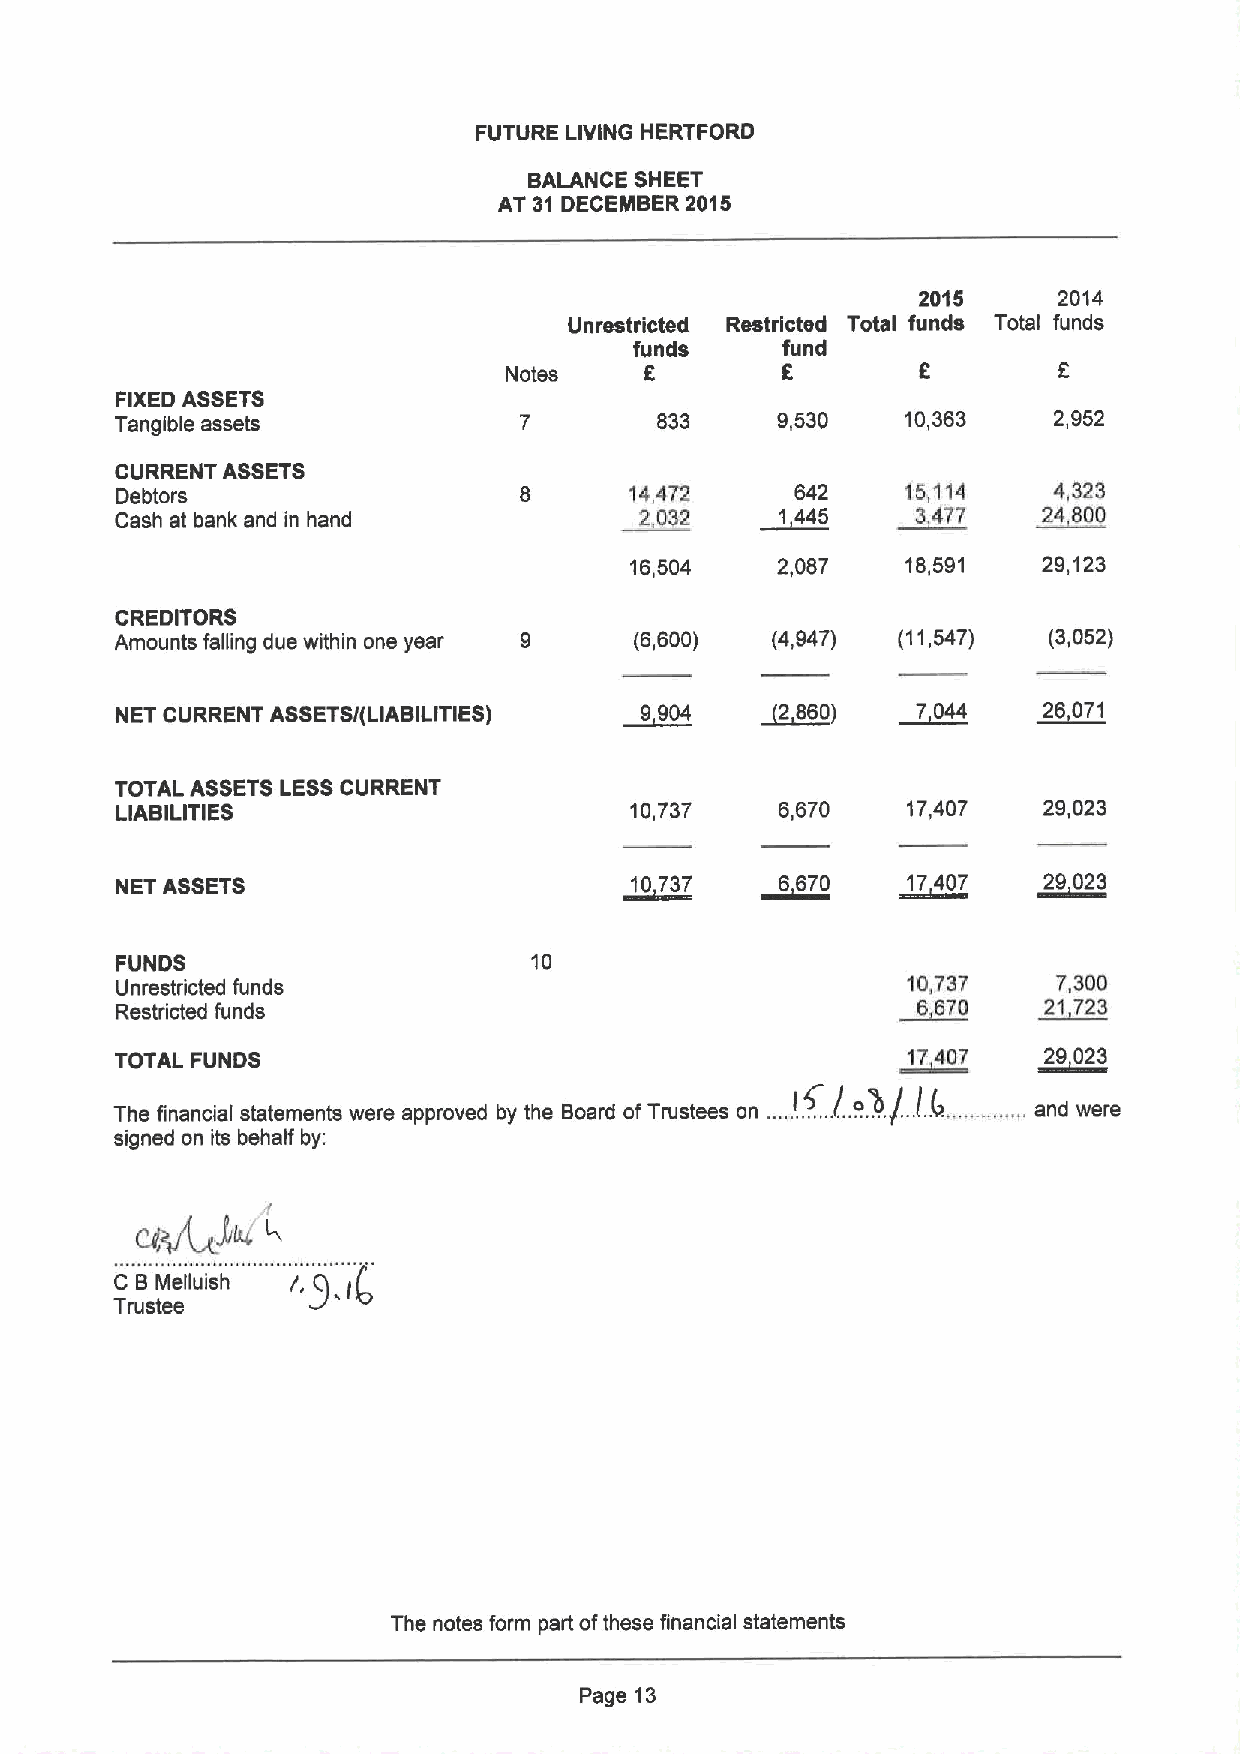
FUTURE LIVING HERTFORD
 BALANCE SHEET
 AT 31 DECEMBER 2015
 2015     2014
 Unrestricted Restricted Total funds Total funds
 funds     fund
 Notes     6        8        8
 FIXED ASSETS
 Tangible assets           7        833     9,530    10,363    2,952
 CURRENT ASSETS
 Debtors                           14,472     642    15,114    4,323
 Cash at bank and in hand          2,032   ~1445    ~3477     24 800
 16,504   2,087    18,591   29,123
 CREDITORS
 Amounts falling due within one year (6,600) (4,947) (11,547) (3,052)
 NET CURRENT ASSETS/(LIABILITIES) ~9904    ~2860)     7 044   ~26 071
 TOTAL ASSETS LESSCURRENT
 LIABILITIES                       10,737    6,670   17,407   29,023
 NET ASSETS                       ~10737   ~6670     ~17407   ~29 023
 FUNDS                      10                          „„.
 Unrestricted funds
 10,737    7,300
 Restricted funds                                    ~6670    21 723
 TOTAL FUNDS                                         ~17407   ~29023
 The financial statements were approved by the Board ofTrustees on ............/..8~./. .l.(r. ... ..... . and were
 signed on its behalf by:
 Jk4 I
 C BMelluish
 Trustee
 The notes form part ofthese financial statements
 Page 13